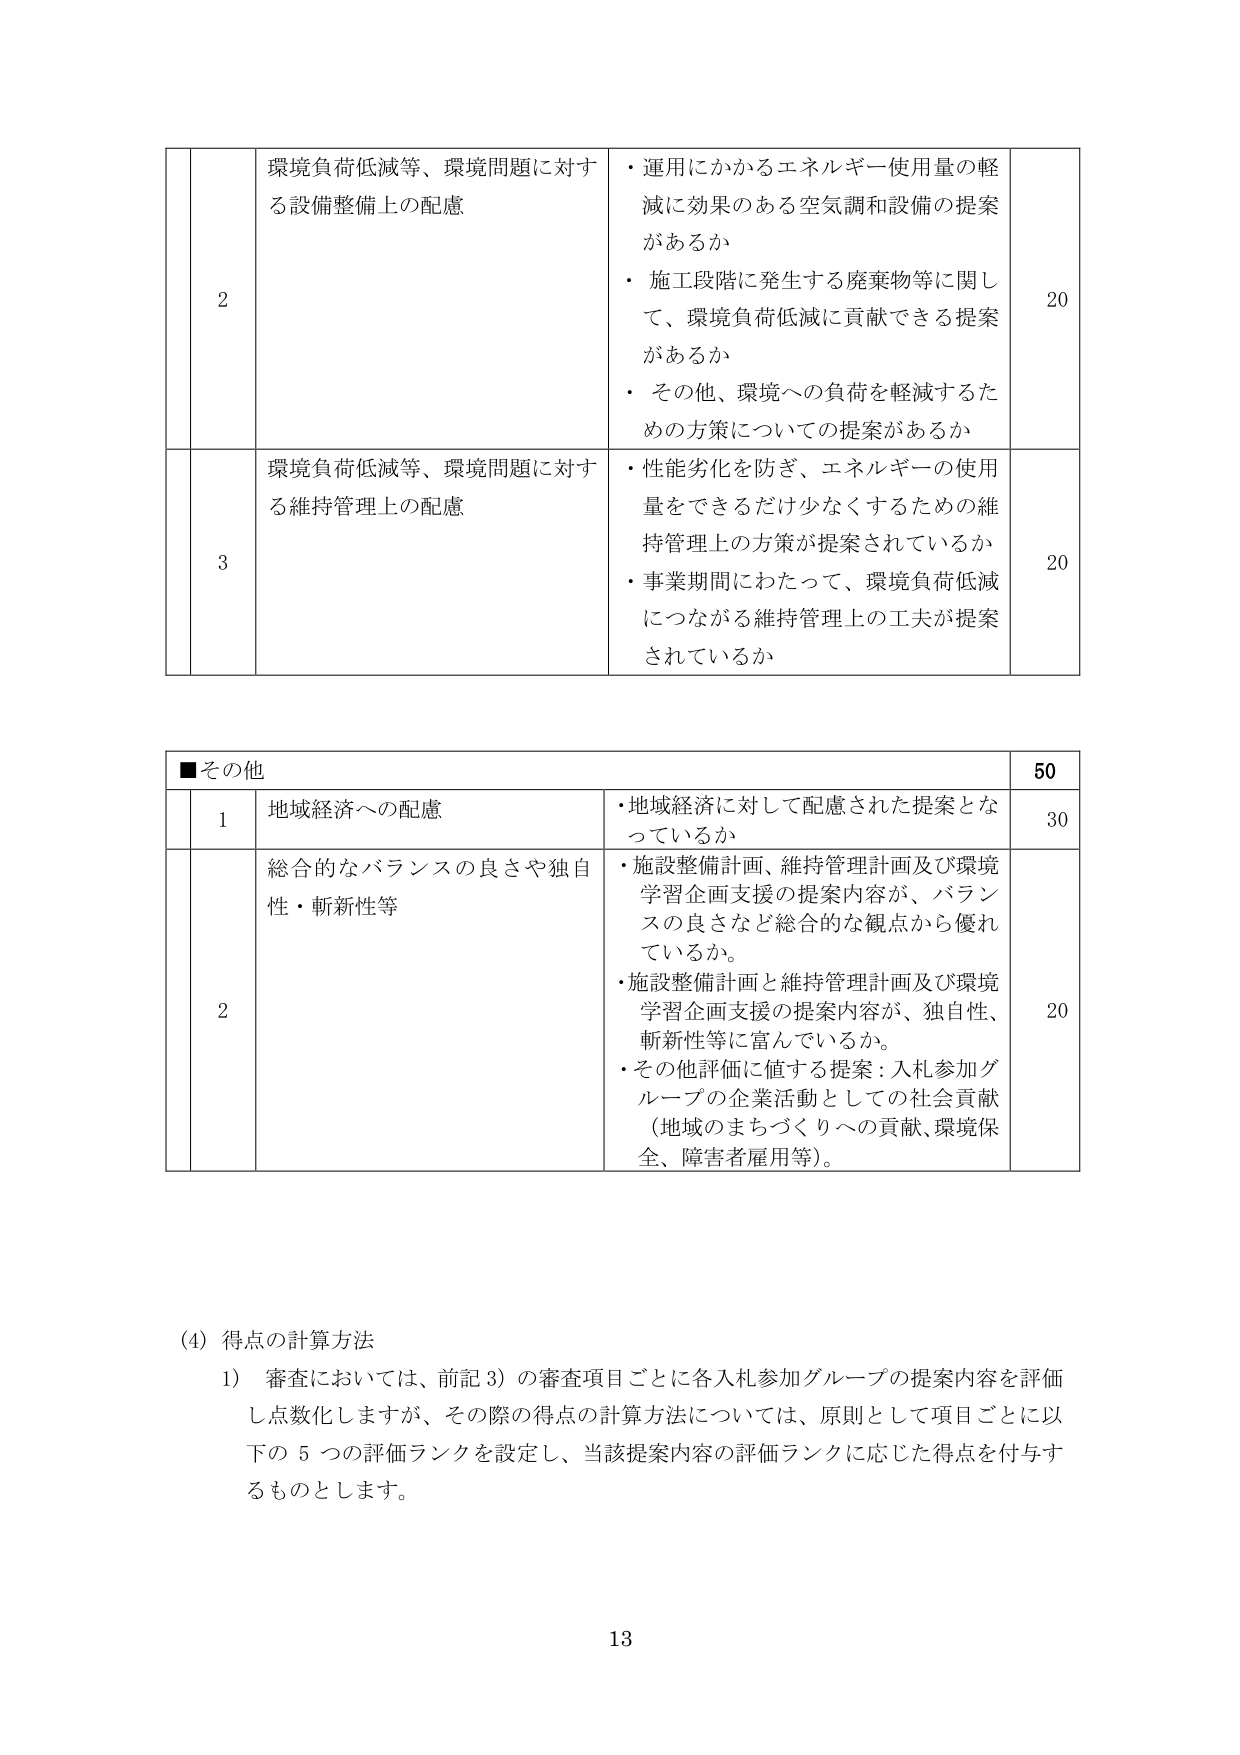
■その他
50
1
地域経済への配慮
・地域経済に対して配慮された提案となっているか
30
2
総合的なバランスの良さや独自性・斬新性等
・施設整備計画、維持管理計画及び環境学習企画支援の提案内容が、バランスの良さなど総合的な観点から優れているか。
・施設整備計画と維持管理計画及び環境学習企画支援の提案内容が、独自性、斬新性等に富んでいるか。
・その他評価に値する提案：入札参加グループの企業活動としての社会貢献（地域のまちづくりへの貢献、環境保全、障害者雇用等）。
20
(4) 得点の計算方法
1) 審査においては、前記3)の審査項目ごとに各入札参加グループの提案内容を評価し点数化しますが、その際の得点の計算方法については、原則として項目ごとに以下の5つの評価ランクを設定し、当該提案内容の評価ランクに応じた得点を付与するものとします。
13